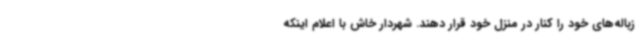
زباله‌های خود را کنار در منزل خود قرار دهند. شهردار خاش با اعلام اینکه